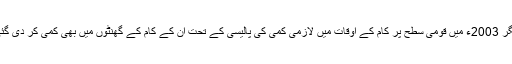
مگر 2003ء میں قومی سطح پر کام کے اوقات میں لازمی کمی کی پالیسی کے تحت ان کے کام کے گھنٹوں میں بھی کمی کر دی گئی۔